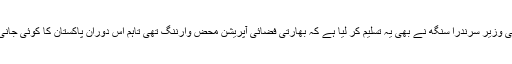
دوسری جانب بھارتی وزیر سرندرا سنگھ نے بھی یہ تسلیم کر لیا ہے کہ بھارتی فضائی آپریشن محض وارننگ تھی تاہم اس دوران پاکستان کا کوئی جانی نقصان نہیں ہوا تھا۔